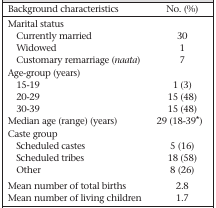
| Background characteristics | No. (%) |
 | --- | --- |
 | Marital status |  |
 | Currently married | 30 |
 | Widowed | 1 |
 | Customary remarriage (naata) | 7 |
 | Age-group (years) |  |
 | 15-19 | 1 (3) |
 | 20-29 | 15 (48) |
 | 30-39 | 15 (48) |
 | Median age (range) (years) | 29 (18-39∗) |
 | Caste group |  |
 | Scheduled castes | 5 (16) |
 | Scheduled tribes | 18 (58) |
 | Other | 8 (26) |
 | Mean number of total births | 2.8 |
 | Mean number of living children | 1.7 |